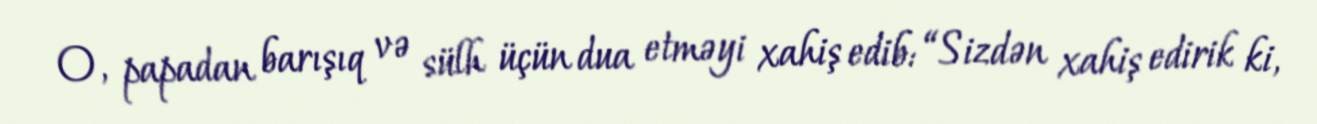
O, papadan barışıq və sülh üçün dua etməyi xahiş edib: “Sizdən xahiş edirik ki,